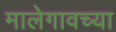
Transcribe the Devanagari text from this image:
मालेगावच्या